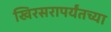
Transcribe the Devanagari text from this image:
खिरसरापर्यंतच्या